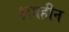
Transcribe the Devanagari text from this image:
क्षयहीन